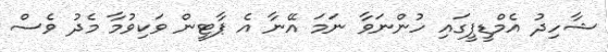
ޝާހިދު އެމްޑީޕީގައި ހުންނަވާ ނަމަ އޭނާ އެ ޕާޓީން ވަކިވުމާ މެދު ވެސް